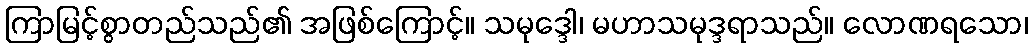
ကြာမြင့်စွာတည်သည်၏ အဖြစ်ကြောင့်။ သမုဒ္ဒေါ၊ မဟာသမုဒ္ဒရာသည်။ လောဏရသော၊